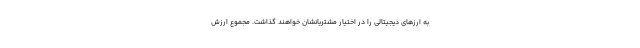
به ارزهای دیجیتالی را در اختیار مشتریانشان خواهند گذاشت. مجموع ارزش